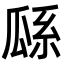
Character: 𤫺